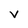
Character: V